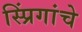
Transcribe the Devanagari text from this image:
स्प्रिंगांचे